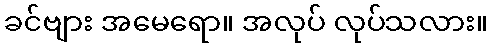
ခင်ဗျား အမေရော။ အလုပ် လုပ်သလား။